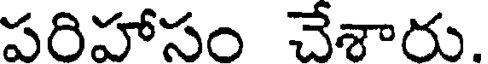
పరిహాసం చేశారు.